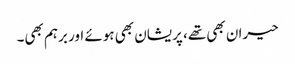
حیران بھی تھے، پریشان بھی ہوئے اور برہم بھی۔